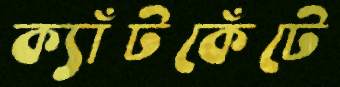
ক্যাঁটকেঁটে